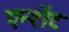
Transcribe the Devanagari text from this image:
एन्शेंट